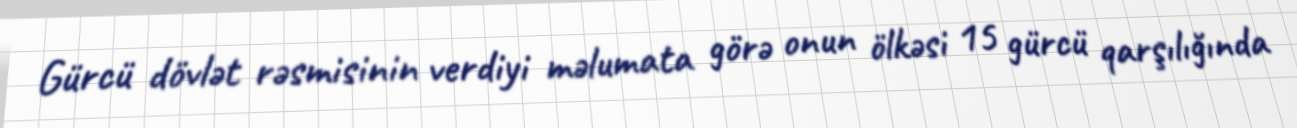
Gürcü dövlət rəsmisinin verdiyi məlumata görə onun ölkəsi 15 gürcü qarşılığında